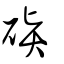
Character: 礥